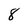
Character: 8